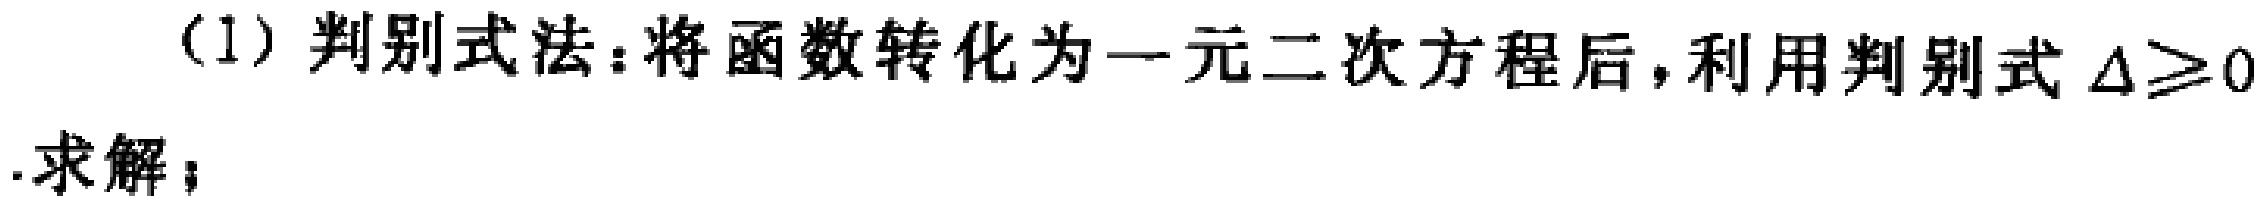
(1) 判别式法：将函数转化为一元二次方程后，利用判别式\(\Delta\geq0\).求解；